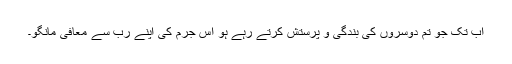
اب تک جو تم دوسروں کی بندگی و پرستش کرتے رہے ہو اس جرم کی اپنے رب سے معافی مانگو۔